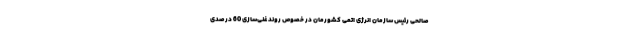
صالحی رئیس سازمان انرژی اتمی کشورمان در خصوص روند غنی‌سازی 60 درصدی